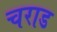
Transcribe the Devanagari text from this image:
चराड